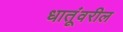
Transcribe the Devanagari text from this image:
धातूंवरील